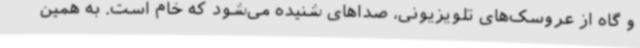
و گاه از عروسک‌های تلویزیونی، صداهای شنیده می‌شود که خام است. به همین